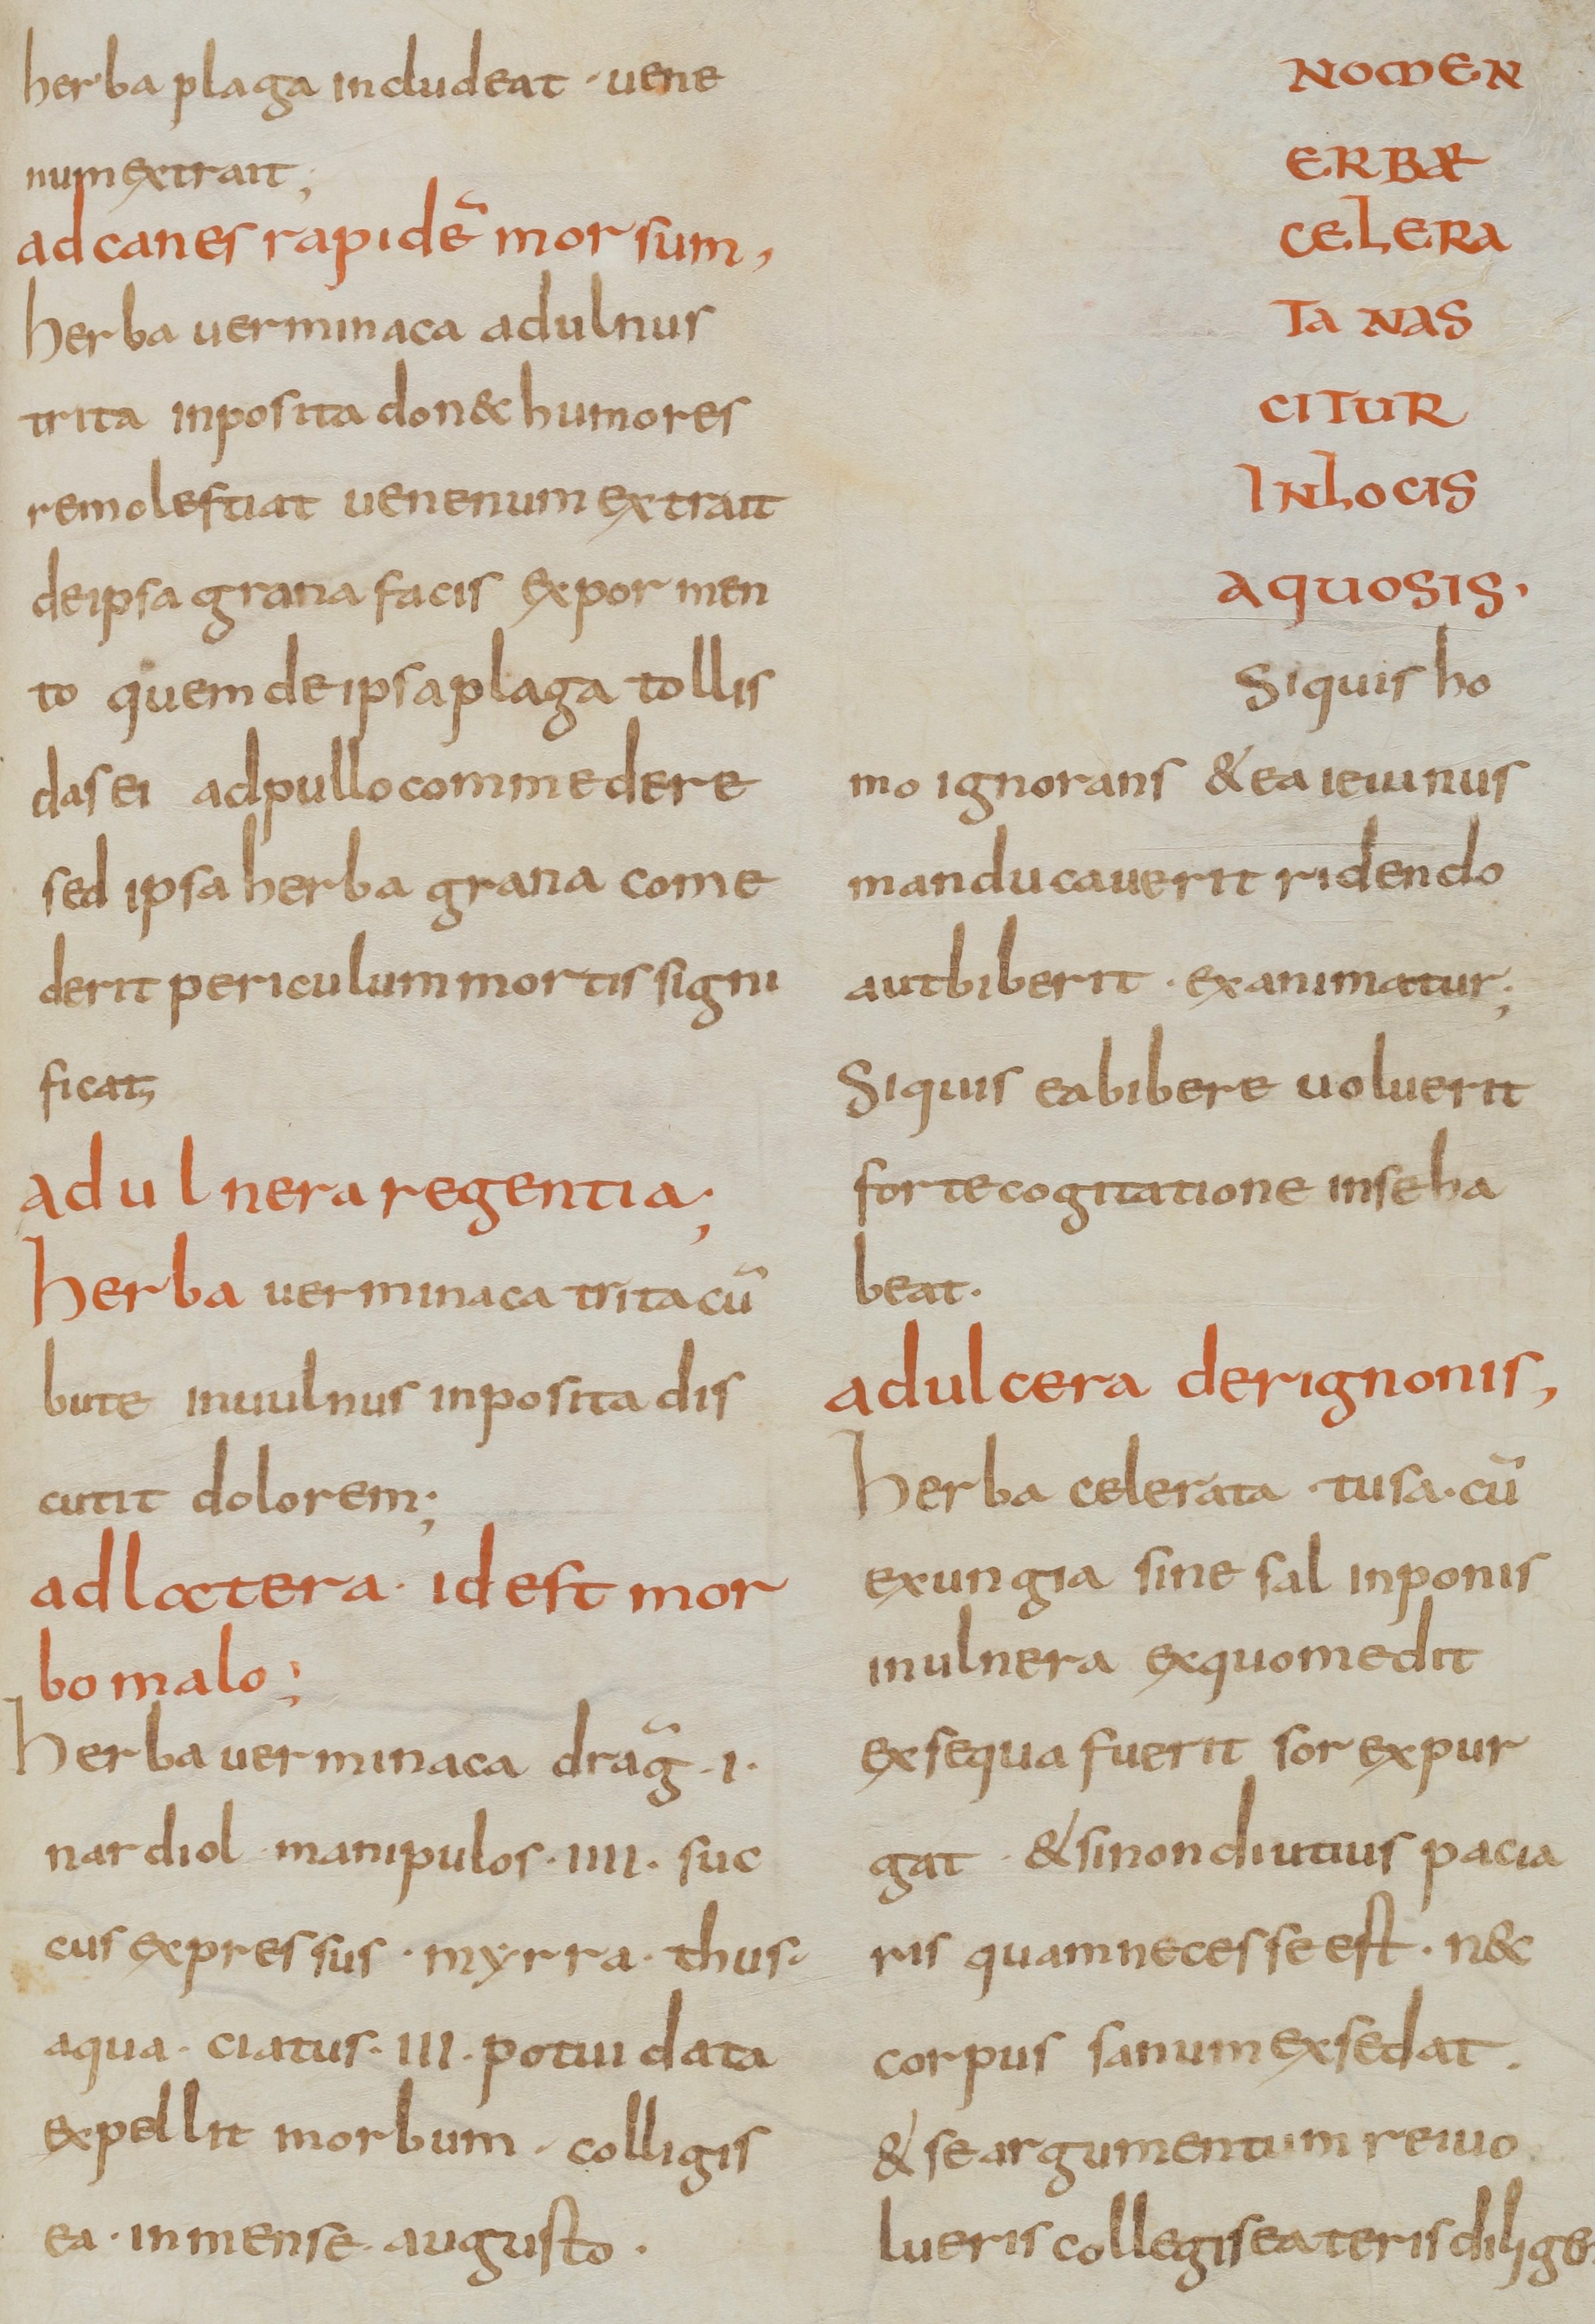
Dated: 800–830